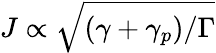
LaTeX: J\propto\sqrt{(\gamma+\gamma_{p})/\Gamma}